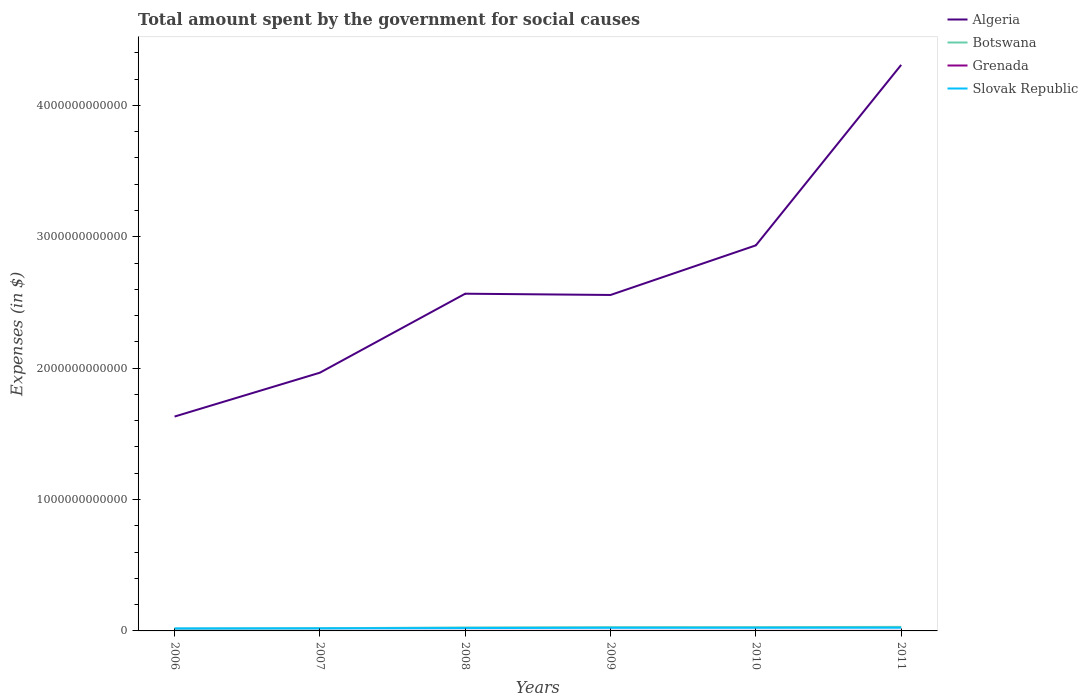
| Years | Algeria | Botswana | Grenada | Slovak Republic |
 | --- | --- | --- | --- | --- |
 | 2006 | 1.63e+12 | 1.7e+10 | 3.18e+08 | 1.91e+10 |
 | 2007 | 1.97e+12 | 2.02e+10 | 3.46e+08 | 1.96e+10 |
 | 2008 | 2.57e+12 | 2.62e+10 | 4.14e+08 | 2.16e+10 |
 | 2009 | 2.56e+12 | 2.84e+10 | 4.17e+08 | 2.37e+10 |
 | 2010 | 2.93e+12 | 2.88e+10 | 4.08e+08 | 2.4e+10 |
 | 2011 | 4.31e+12 | 3.08e+10 | 4.21e+08 | 2.44e+10 |